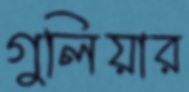
গুলিয়ার